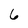
Character: 6